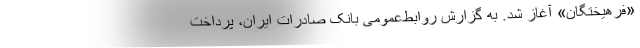
«فرهیختگان» آغاز شد. به گزارش روابط‌عمومی بانک صادرات ایران، پرداخت